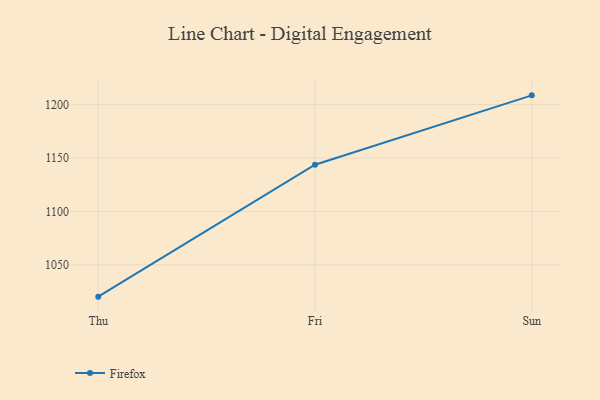
{"axis": {"x": "Day", "y": "Backlog"}, "legend": ["Firefox"], "data": [{"x": "Thu", "y": 1020.3, "type": "Firefox"}, {"x": "Fri", "y": 1143.7, "type": "Firefox"}, {"x": "Sun", "y": 1208.6, "type": "Firefox"}]}